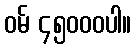
ဝမ် ၄၅၀၀၀ပါ။